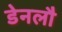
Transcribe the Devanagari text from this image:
डेनलौ